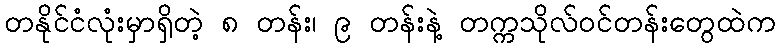
တနိုင်ငံလုံးမှာရှိတဲ့ ၈ တန်း၊ ၉ တန်းနဲ့ တက္ကသိုလ်ဝင်တန်းတွေထဲက